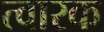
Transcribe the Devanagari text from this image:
त्वारक